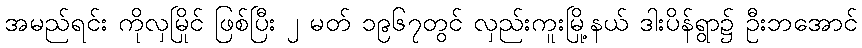
အမည်ရင်း ကိုလှမြိုင် ဖြစ်ပြီး ၂ မတ် ၁၉၆၇တွင် လှည်းကူးမြို့နယ် ဒါးပိန်ရွာ၌ ဦးဘအောင်